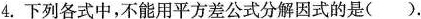
4.下列各式中，不能用平方差公式分解因式的是().